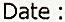
DATE :